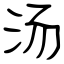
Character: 汤